NAE_ERA_R-2078_Sihtasutus_Eesti_Kontsert, lk 176
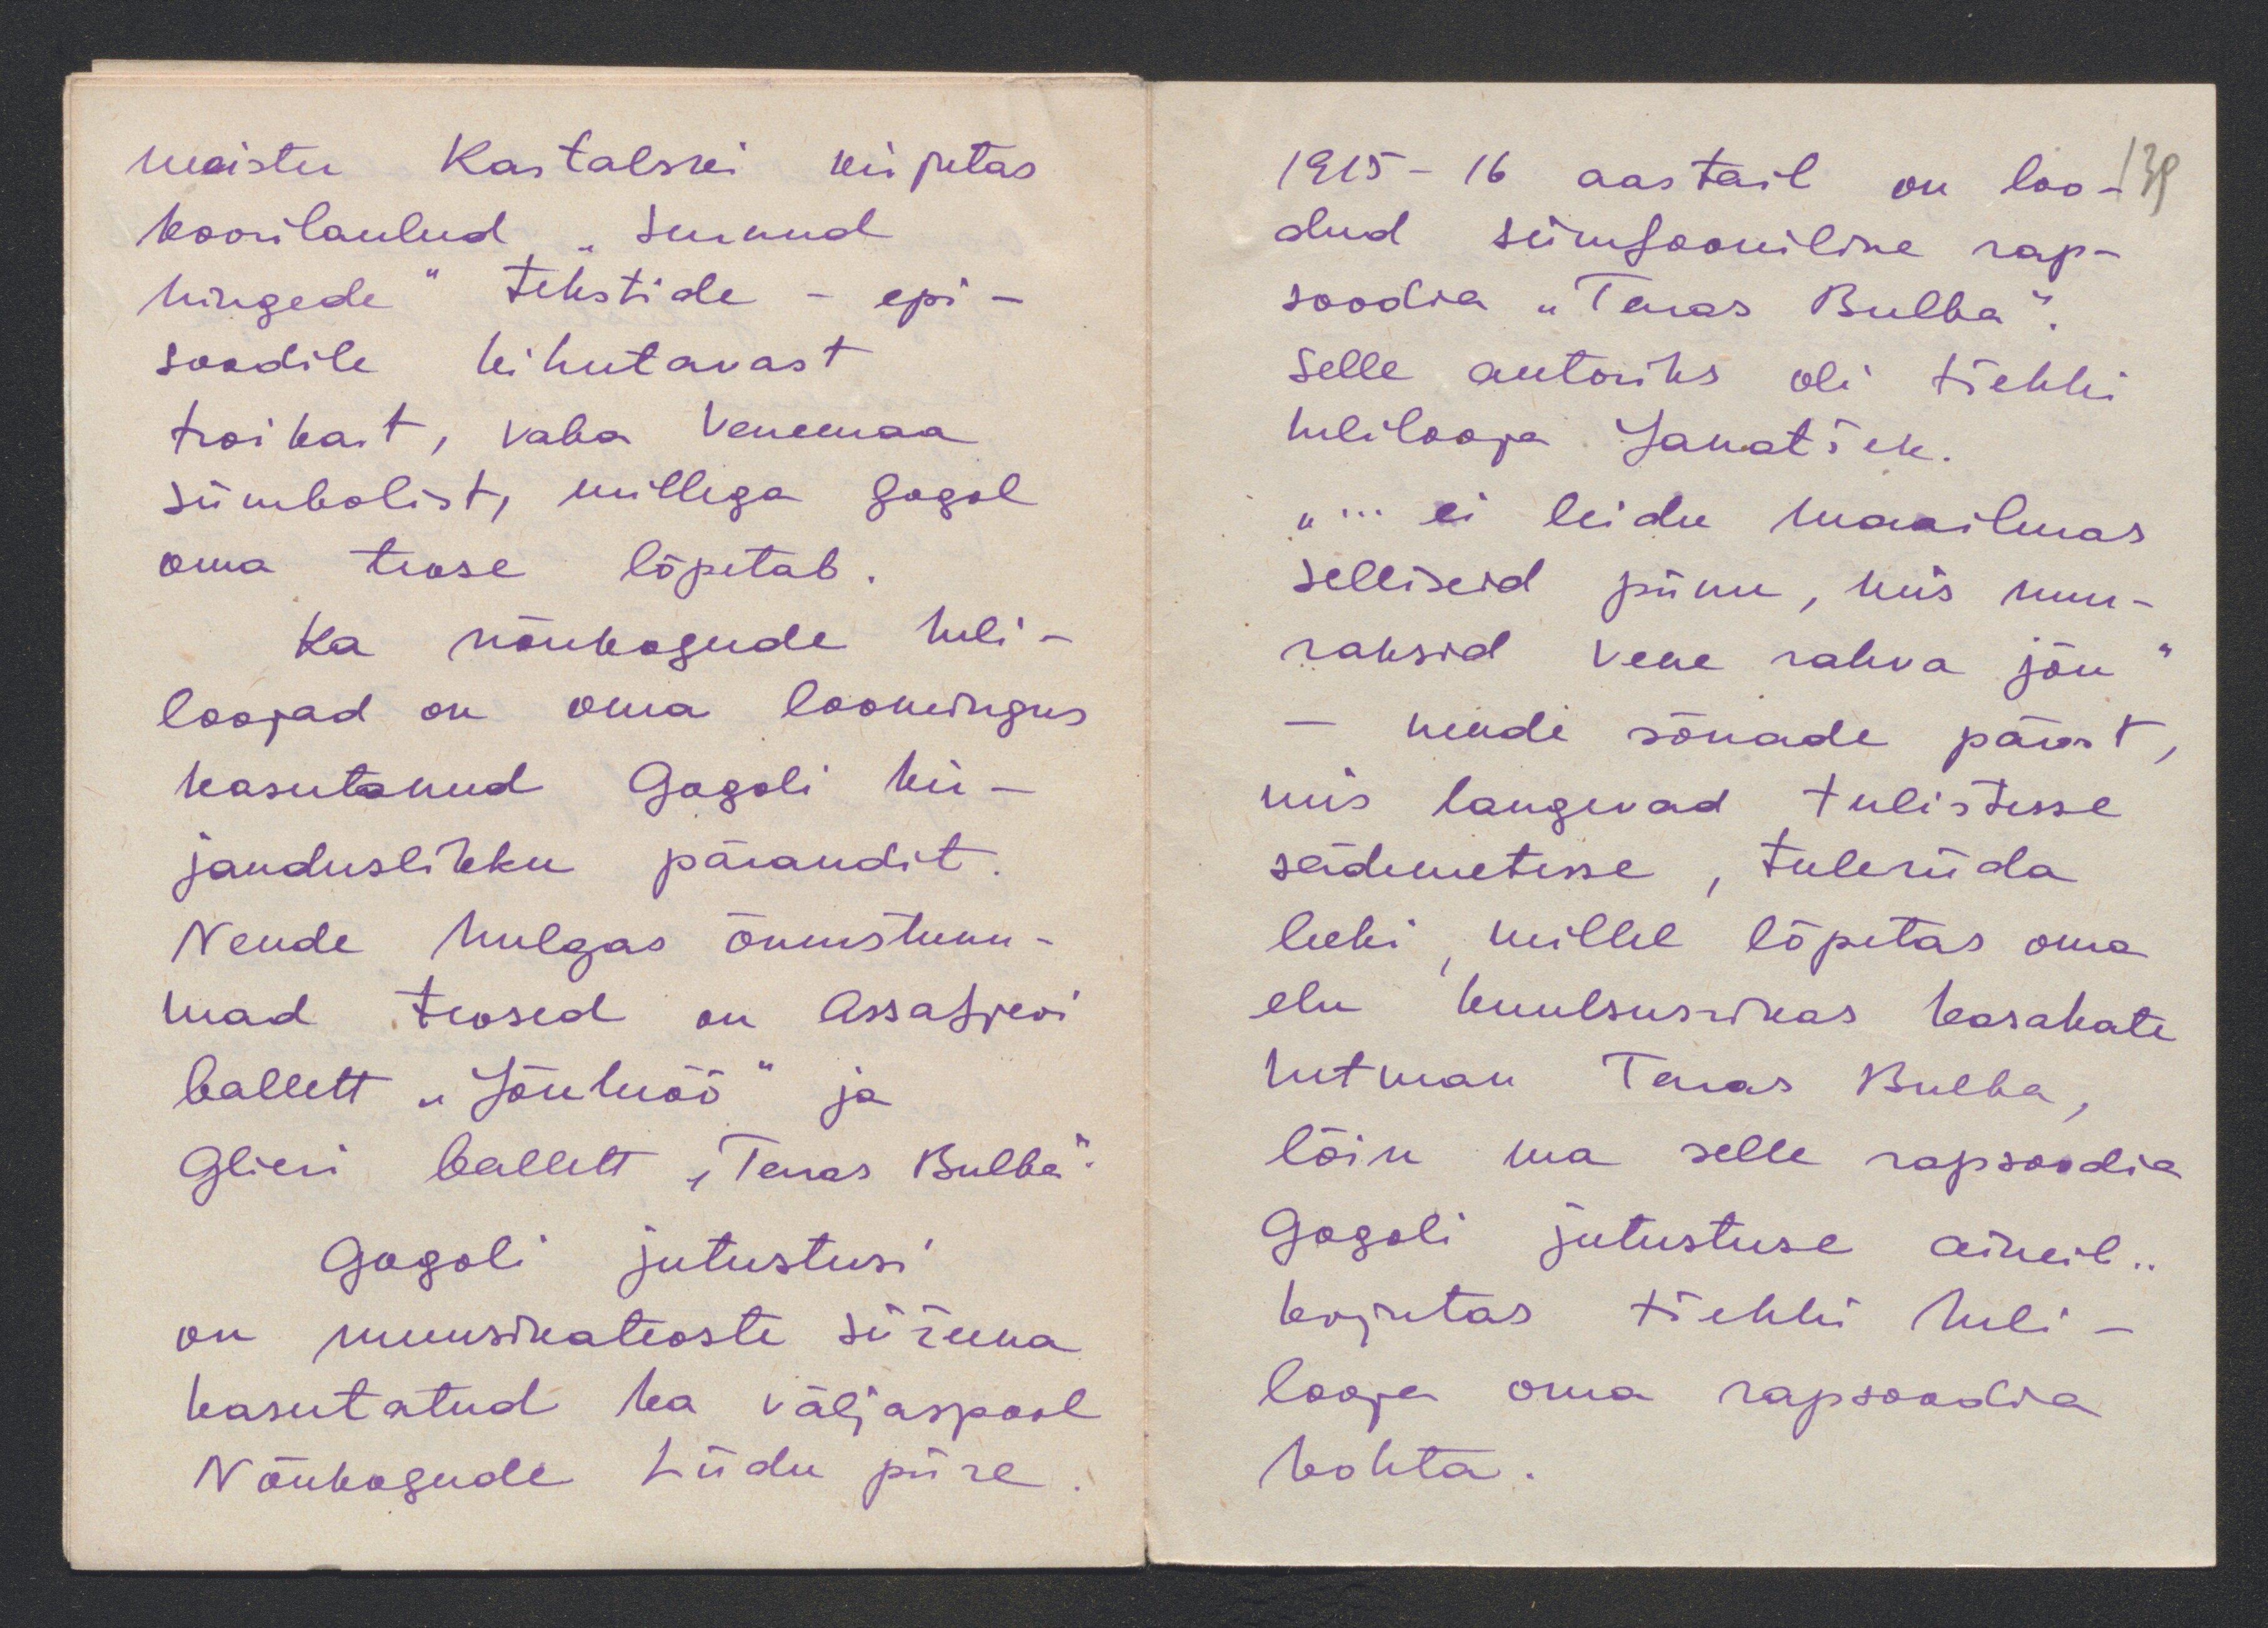
meister Kastalski kirjutas
koorilaulud "Surnud
hingede" tekstide - epi-
soodile kihutavast
troikast, vaba Venemaa
sümbolist, millega Gogol
oma teose lõpetab.
Ka nõukogude heli-
loojad on oma loomingus
kasutanud Gogoli kir-
janduslikku pärandit.
Nende hulgas õnnestunu-
mad teosed on Assasfjevi
ballett "Jõuluöö" ja
Glieri ballett "Terras Bulba".
Gogoli jutustusi
on muusikateoste süžeena
kasutatud ka väljaspool
Nõukogude Liidu piire.

1915-16 aastail on loo-
14
dud sümfooniline rap-
soodia "Taras Bulba"
selle autoriks oli tšehhi
helilooja Janatšek.
"... ei leidu maailmas
selliseid piinu, mis mur-
raksid Vene rahva jõu"
- nende sõnade pärast,
mis langevad tulistesse
südemetesse, tuleriida
leeki, millel lõpetas oma
elu kuulsusrikas kasakate
hetman Taras Bulba,
lõin ma selle rapsoodia
Gogoli jutustuse aineil...
kirjutas tšehhi heli-
looja oma rapsoodia
kohta.